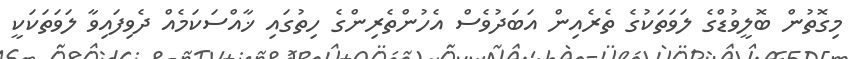
މިގޮތުން ބޮލީވުޑްގެ ލަވަތަކުގެ ތެރެއިން އަބަދުވެސް އެހުންތެރިންގެ ހިތުގައި ޚާއްސަކަމެއް ދެވިފައިވާ ލަވަތަކަކީ